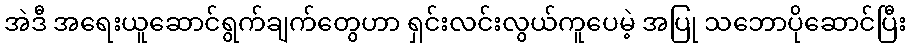
အဲဒီ အရေးယူဆောင်ရွက်ချက်တွေဟာ ရှင်းလင်းလွယ်ကူပေမဲ့ အပြု သဘောပိုဆောင်ပြီး